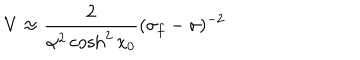
{ V \approx \frac { 2 } { \alpha ^ { 2 } \cosh ^ { 2 } x _ { 0 } } ( \sigma _ { f } - \sigma ) ^ { - 2 } }